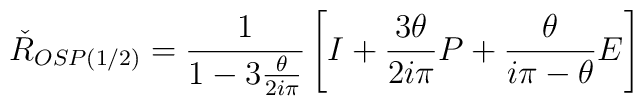
\check{R}_{OSP(1/2)}={1\over 1-3{\theta\over 2i\pi}} \left[I+{3\theta\over 2i\pi}P+{\theta\over i\pi-\theta}E\right]